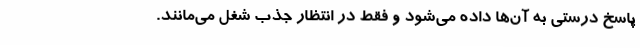
پاسخ درستی به آن‌ها داده می‌شود و فقط در انتظار جذب شغل می‌مانند.